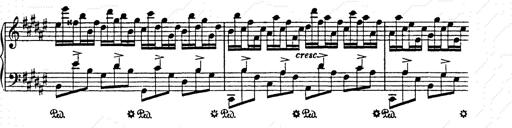
Title: AnnÃ©es de pÃ¨lerinage II
Composer: Franz Liszt